Report on vaccination in Madras 1922-1929 - 1922-1929
Year: 1922
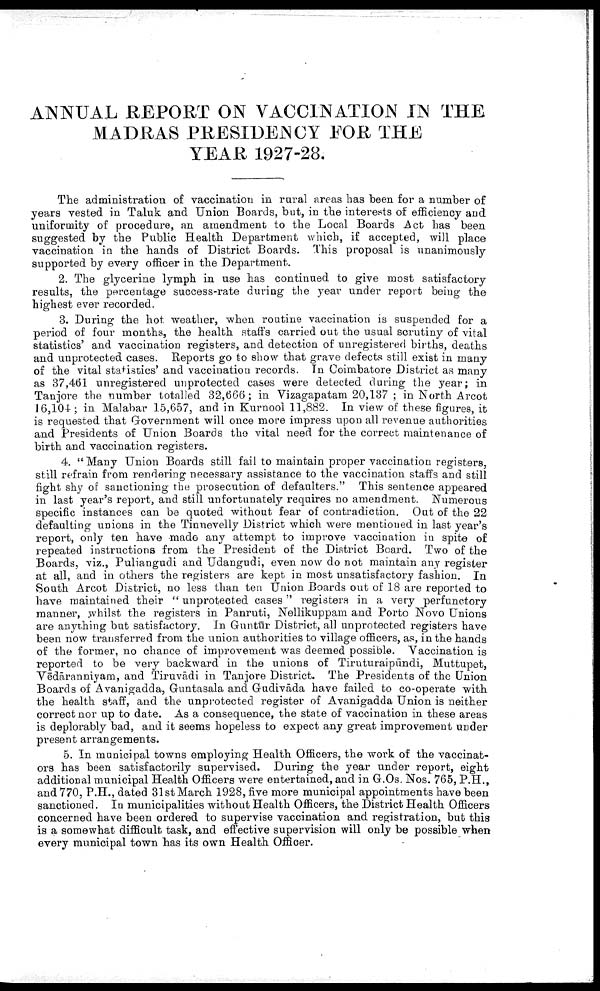
ANNUAL REPORT ON VACCINATION IN THE
MADRAS PRESIDENCY FOR THE
YEAR 1927-28.
The administration of vaccination in rural areas has been for a number of
years vested in Taluk and Union Boards, but, in the interests of efficiency and
uniformity of procedure, an amendment to the Local Boards Act has been
suggested by the Public Health Department which, if accepted, will place
vaccination in the hands of District. Boards. This proposal is unanimously
supported by every officer in the Department.
2. The glycerine lymph in use has continued to give most satisfactory
results, the percentage success-rate during the year under report being the
highest ever recorded.
3. During the hot. weather, when routine vaccination is suspended for a
period of four months, the health staffs carried out the usual scrutiny of vital
statistics' and vaccination registers, and detection of unregistered births, deaths
and unprotected cases. Reports go to show that grave defects still exist in many
of the vital statistics' and vaccination records. In Coimbatore District as many
as 37,461 unregistered unprotected cases were detected during the year; in
Tanjore the number totalled 32,666; in Vizagapatam 20,137 ; in North Arcot
16,104; in Malabar 15,657, and in Kurnool 11,882. In view of these figures, it
is requested that Government will once more impress upon all revenue authorities
and Presidents of Union Boards the vital need for the correct maintenance of
birth and vaccination registers.
4. " Many Union Boards still fail to maintain proper vaccination registers,
still refrain from rendering necessary assistance to the vaccination staffs and still
fight shy of sanctioning the prosecution of defaulters." This sentence appeared
in last year's report, and still unfortunately requires no amendment. Numerous
specific instances can be quoted without fear of contradiction. Out of the 22
defaulting unions in the Tinnevelly District which were mentioned in last year's
report, only ten have made any attempt to improve vaccination in spite of
repeated instructions from the President of the District Board. Two of the
Boards, viz., Puliangudi and Udangudi, even now do not maintain any register
at all, and in others the registers are kept in most unsatisfactory fashion. In
South Arcot District, no less than ten Union Boards out of 18 are reported to
have maintained their " unprotected cases" registers in a very perfunctory
manner, whilst the registers in Panruti, Nellikuppam and Porto Novo Unions
are anything but satisfactory. In Guntūr District, all unprotected registers have
been now transferred from the union authorities to village officers, as, in the hands
of the former, no chance of improvement was deemed possible. Vaccination is
reported to be very backward in the unions of Tiruturaipūndi, Muttupet,
Vēdāranniyam, and Tiruvādi in Tanjore District. The Presidents of the Union
Boards of Avanigadda, Guntasala and Gudivāda have failed to co-operate with
the health staff, and the unprotected register of Avanigadda Union is neither
correct nor up to date. As a consequence, the state of vaccination in these areas
is deplorably bad, and it seems hopeless to expect any great improvement under
present arrangements.
5. In municipal towns employing Health Officers, the work of the vaccinat
ors has been satisfactorily supervised. During the year under report, eight
additional municipal Health Officers were entertained, and in G.Os. Nos. 765, P.H.,
and 770, P.H., dated 31st March 1928, five more municipal appointments have been
sanctioned. In municipalities without Health Officers, the District Health Officers
concerned have been ordered to supervise vaccination and registration, but this
is a somewhat difficult task, and effective supervision will only be possible when
every municipal town has its own Health Officer.